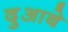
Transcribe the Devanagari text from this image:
दुआबे